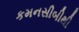
કમનસીબીથી